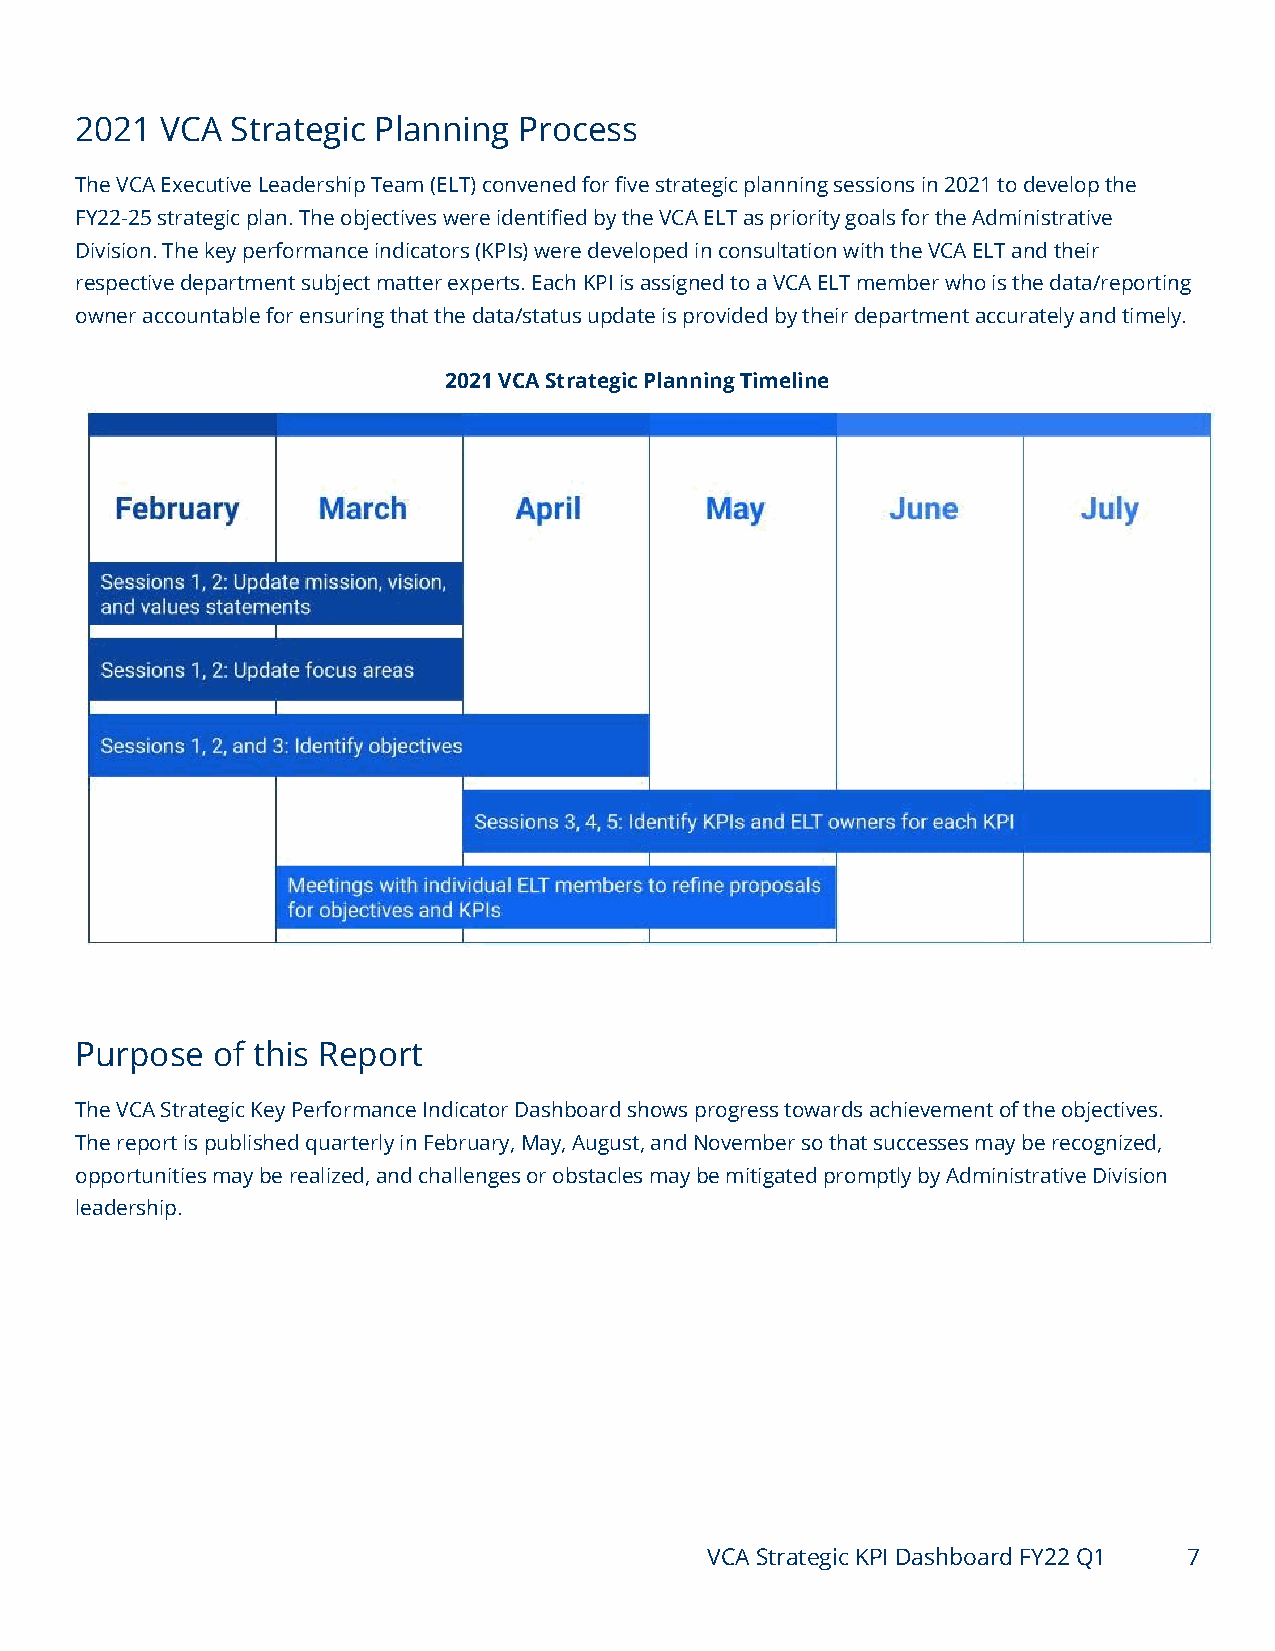
2021  VCA Strategic Planning Process
 The VCA Executive Leadership Team (ELT) convened for five strategic planning sessions in 2021 to develop the
 FY22-25 strategic plan. The objectives were identified by the VCA ELT as priority goals for the Administrative
 Division. The key performance indicators (KPIs) were developed in consultation with the VCA ELT and their
 respective department subject matter experts. Each KPI is assigned to a VCA ELT member who is the data/reporting
 owner accountable for ensuring that the data/status update is provided by their department accurately and timely.
 2021 VCA Strategic Planning Timeline
 Purpose  of this Report
 The VCA Strategic Key Performance Indicator Dashboard shows progress towards achievement of the objectives.
 The report is published quarterly in February, May, August, and November so that successes may be recognized,
 opportunities may be realized, and challenges or obstacles may be mitigated promptly by Administrative Division
 leadership.
 VCA Strategic KPI Dashboard FY22 Q1 7